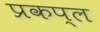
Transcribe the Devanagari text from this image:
प्रकप्ल